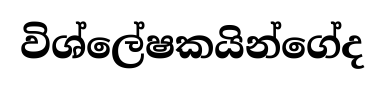
විශ්ලේෂකයින්ගේද